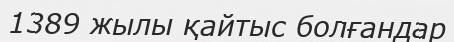
1389 жылы қайтыс болғандар